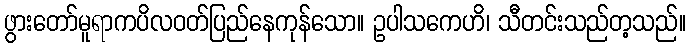
ဖွားတော်မူရာကပိလဝတ်ပြည်နေကုန်သော။ ဥပါသကေဟိ၊ သီတင်းသည်တ့သည်။